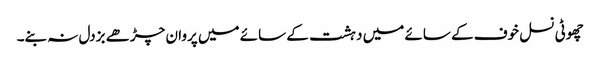
چھوٹی نسل خوف کے سائے میں دہشت کے سائے میں پروان چڑھے بزدل نہ بنے۔